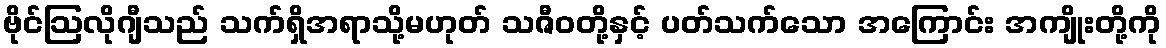
ဗိုင်ဩလိုဂျီသည် သက်ရှိအရာသို့မဟုတ် သဇီဝတို့နှင့် ပတ်သက်သော အကြောင်း အကျိုးတို့ကို